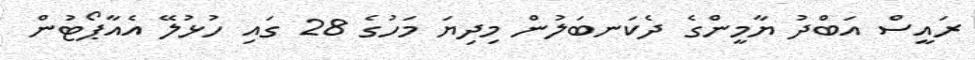
ރައީސް އަބްދު ޔާމީންގެ ދެކަނބަލުން މިދިޔަ މަހުގެ 28 ގައި ހުޅުލޭ އެއާޕޯޓުން